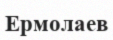
Ермолаев